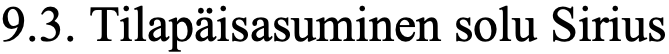
9.3. Tilapäisasuminen solu Sirius